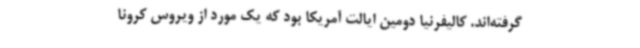
گرفته‌اند. کالیفرنیا دومین ایالت آمریکا بود که یک مورد از ویروس کرونا